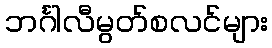
ဘင်္ဂါလီမွတ်စလင်များ